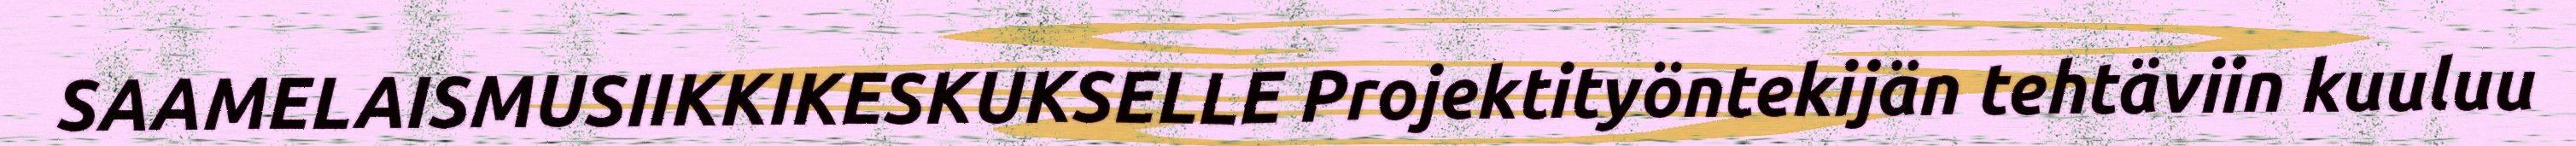
SAAMELAISMUSIIKKIKESKUKSELLE Projektityöntekijän tehtäviin kuuluu